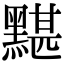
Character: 黮